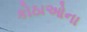
કોઠાઓના